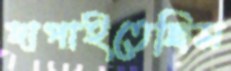
দাপাইতেছিস